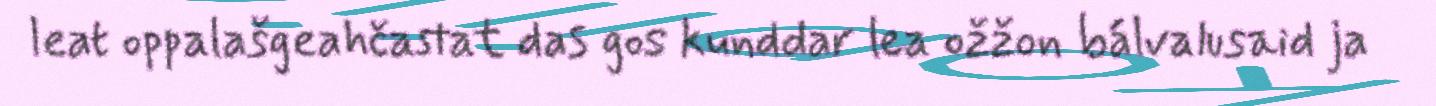
leat oppalašgeahčastat das gos kunddar lea ožžon bálvalusaid ja